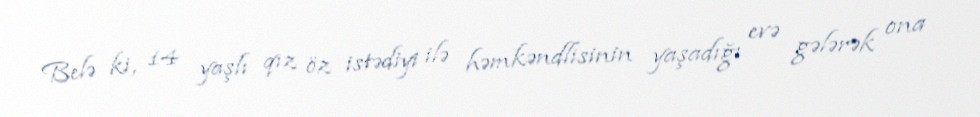
Belə ki, 14 yaşlı qız öz istədiyi ilə həmkəndlisinin yaşadığı evə gələrək ona